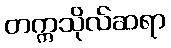
တက္ကသိုလ်ဆရာ